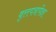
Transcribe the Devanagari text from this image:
वृत्तपत्रांपेक्षा